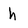
Character: h